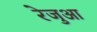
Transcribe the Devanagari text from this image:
रेजुआ